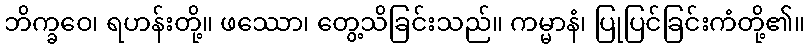
ဘိက္ခဝေ၊ ရဟန်းတို့။ ဖဿော၊ တွေ့သိခြင်းသည်။ ကမ္မာနံ၊ ပြုပြင်ခြင်းကံတို့၏။